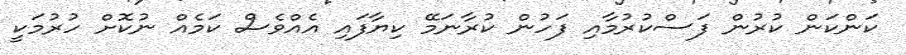
ކަންކަން ކުރުން ފަސްކުރުމާއި ފަހުން ކުރާނަމޭ ކިޔާފައި އެއްވެސް ކަމެއް ނުކޮށް ހުރުމަކީ